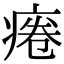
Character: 𤷄